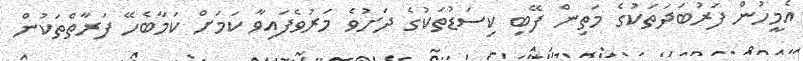
އެމީހުން ފަރުބަދަތަކުގެ މަތިން ފޭބި ކިސަޑުތަކުގެ ދަށުވެ މަރުވެފައިވާ ކަމަށް ކަމާބެހޭ ފަރާތްތަކުން